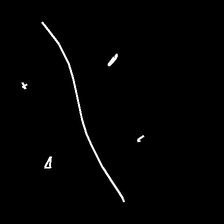
Glyph: cool